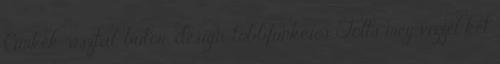
Címkék: asztal, bútor, design, többfunkciós Tölts meg vízzel két